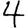
Digit: 4